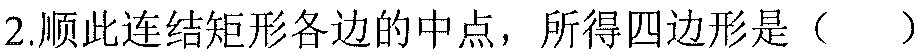
2.顺次连结矩形各边的中点，所得四边形是（  ）